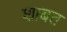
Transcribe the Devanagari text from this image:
शाबत